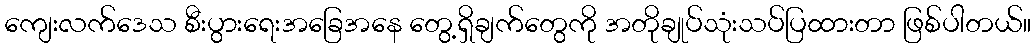
ကျေးလက်ဒေသ စီးပွားရေးအခြေအနေ တွေ့ရှိချက်တွေကို အတိုချုပ်သုံးသပ်ပြထားတာ ဖြစ်ပါတယ်။